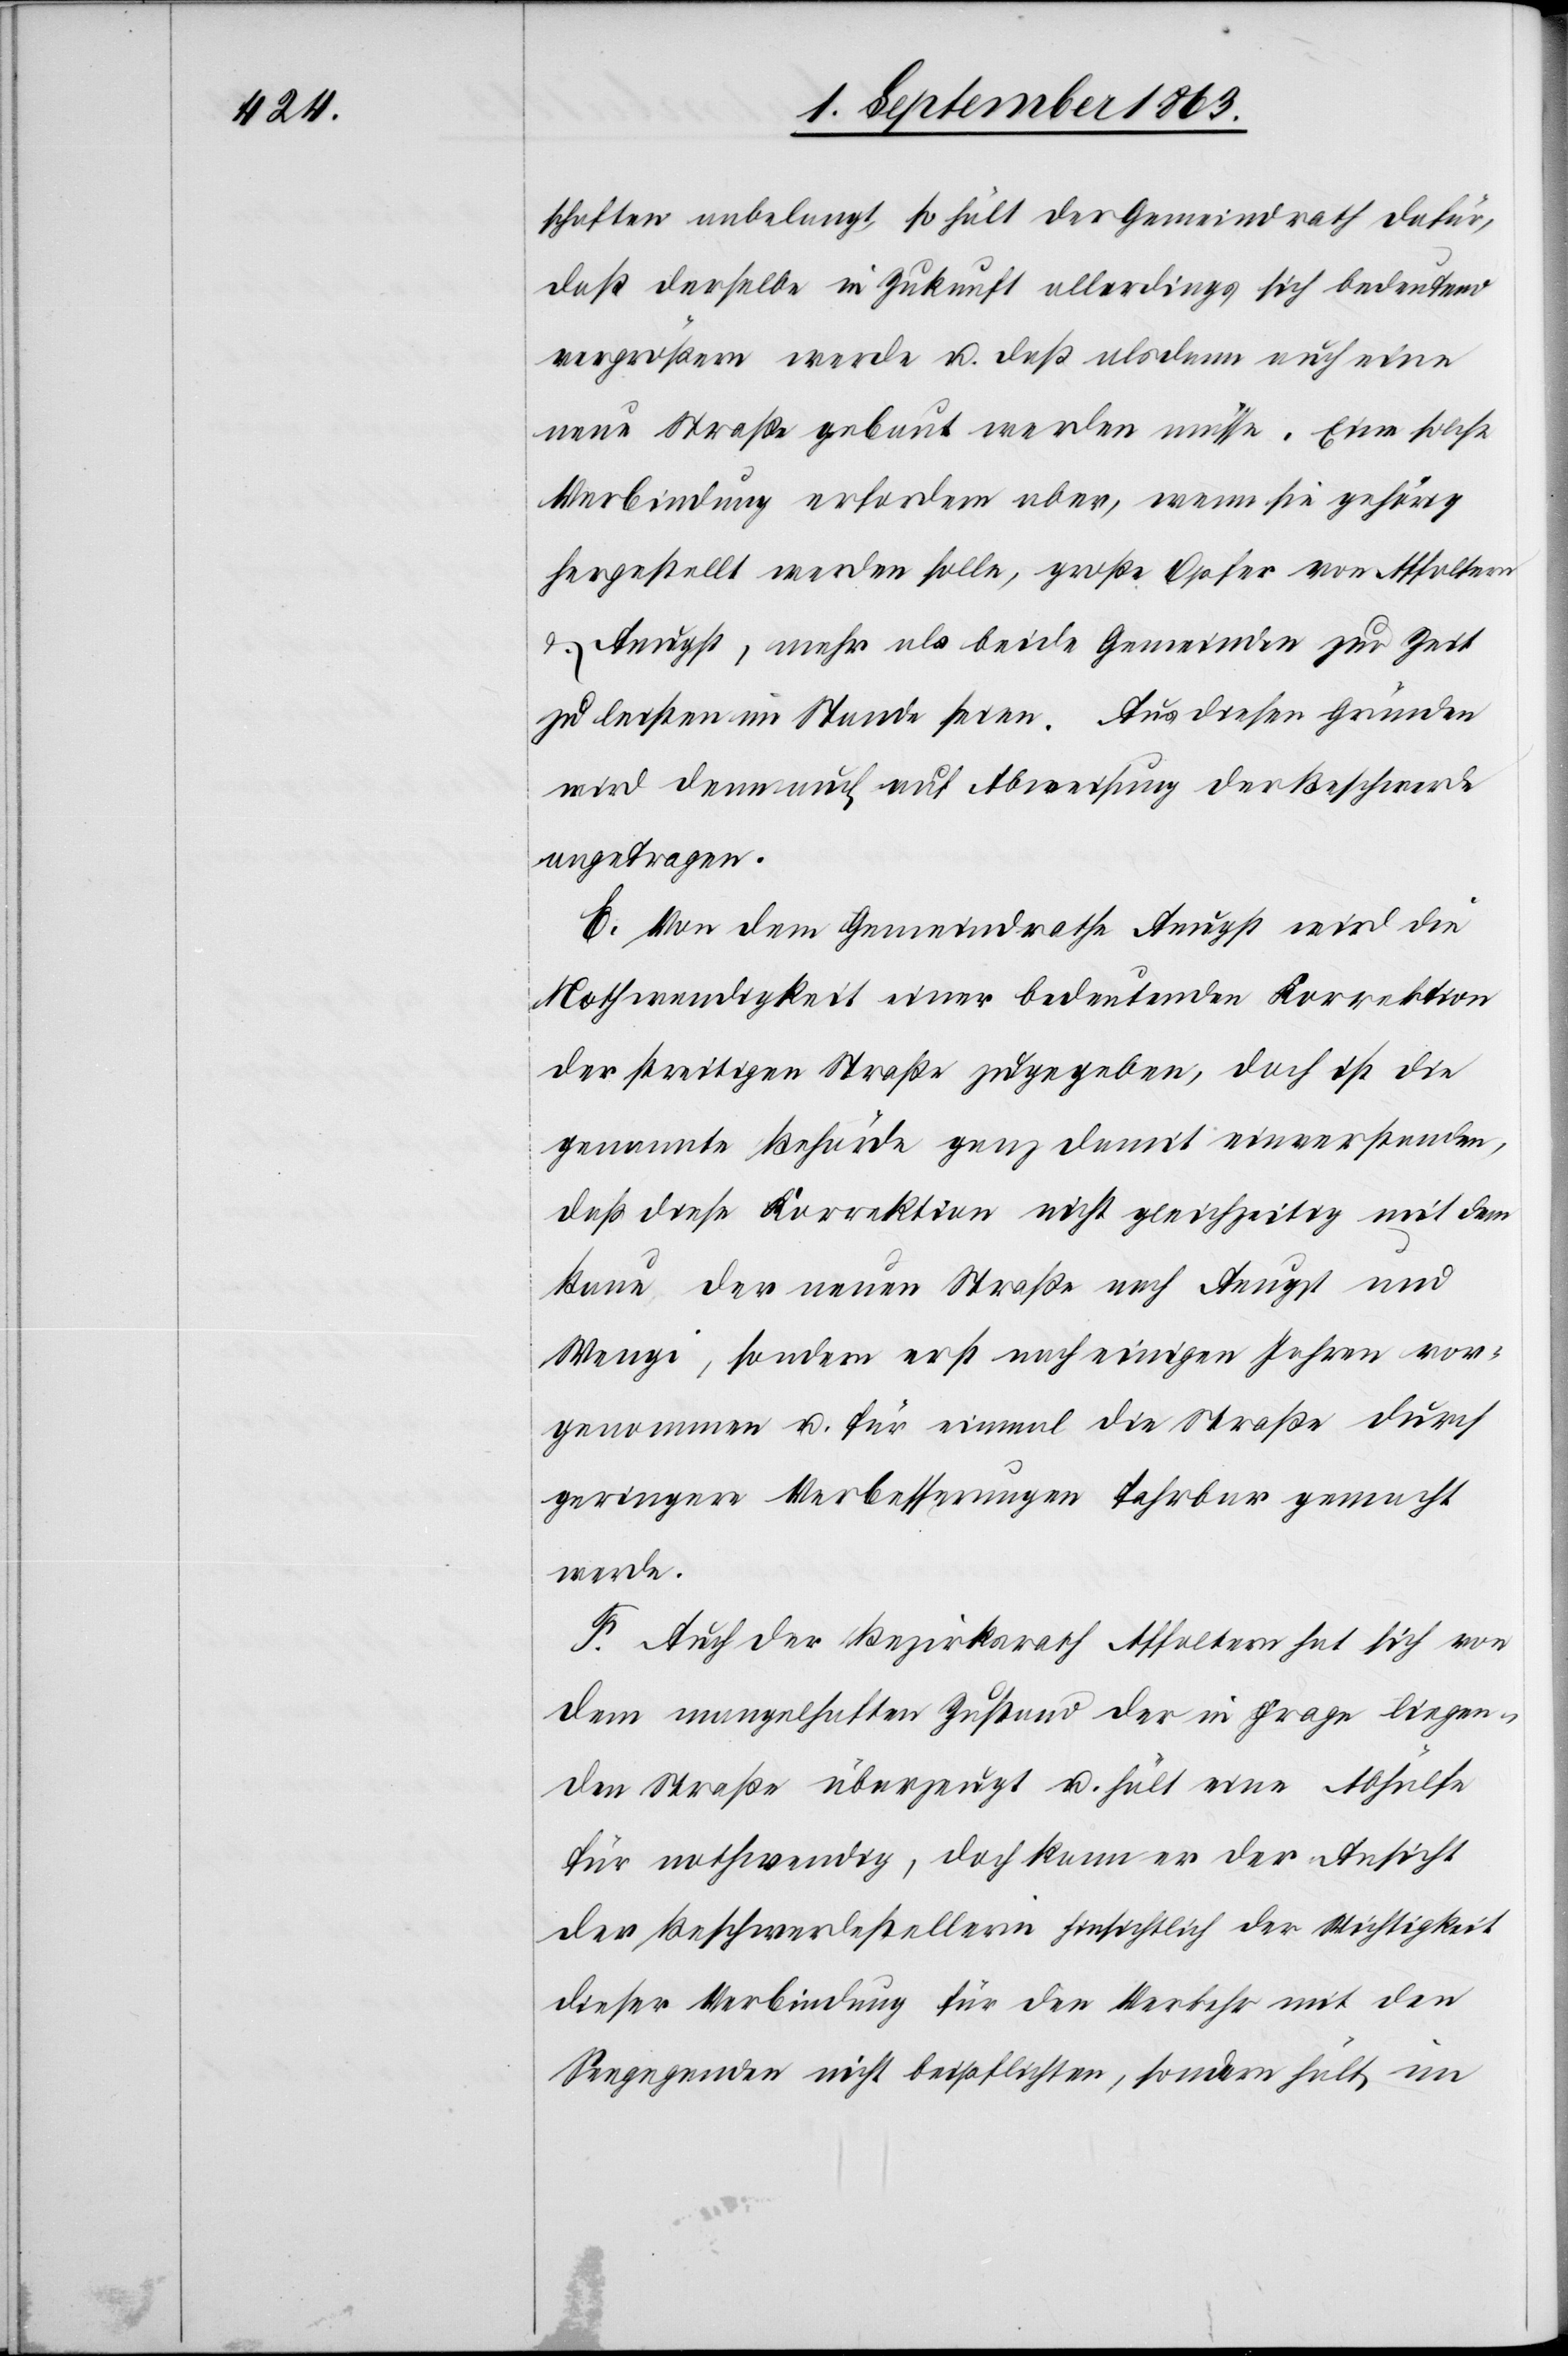
schaften anbelangt, so hält der Gemeindrath dafür,
daß derselbe in Zukunft allerdings sich bedeutend
vergrößern werde u. daß alsdann auch eine
neue Straße gebaut werden müsse. Eine solche
Verbindung erfordere aber, wenn sie gehörig
hergestellt werden solle, große Opfer von Affoltern
& Aeugst, mehr als beide Gemeinden zur Zeit
zu leisten im Stande seien. Aus diesen Gründen
wird denn auch auf Abweisung der Beschwerde
angetragen.
E. Von dem Gemeindrathe Aeugst wird die
Nothwendigkeit einer bedeutenden Korrektion
der streitigen Straße zugegeben, doch ist die
genannte Behörde ganz damit einverstanden,
daß diese Korrektion nicht gleichzeitig mit dem
Baue der neuen Straße nach Aeugst und
Wengi, sondern erst nach einigen Jahren vor¬
genommen u. für einmal die Straße durch
geringere Verbesserungen fahrbar gemacht
werde.
F. Auch der Bezirksrath Affoltern hat sich von
dem mangelhaften Zustand der in Frage liegen¬
den Straße überzeugt u. hält eine Abhülfe
für nothwendig, doch kann er der Ansicht
der Beschwerdestellerin hinsichtlich der Wichtigkeit
dieser Verbindung für den Verkehr mit den
Seegegenden nicht beipflichten, sondern hält im